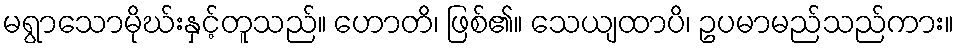
မရွာသောမိုဃ်းနှင့်တူသည်။ ဟောတိ၊ ဖြစ်၏။ သေယျထာပိ၊ ဥပမာမည်သည်ကား။